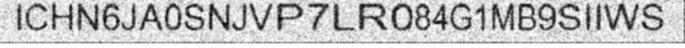
ICHN6JA0SNJVP7LR084G1MB9SIIWS